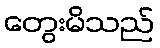
တွေးမိသည်